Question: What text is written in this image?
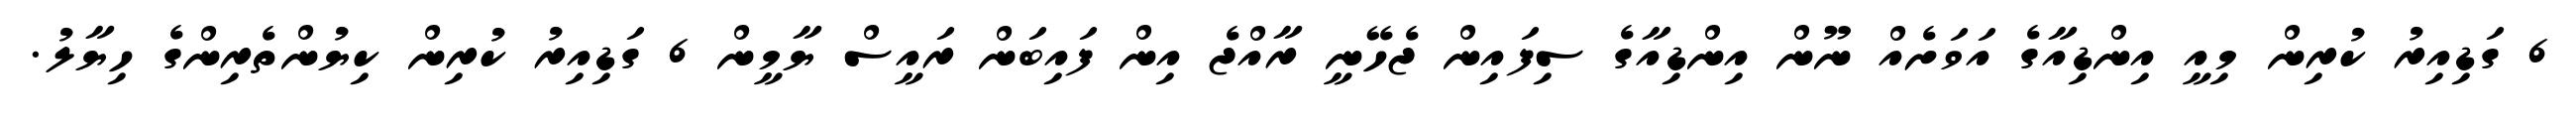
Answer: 6 ގަޑިއިރު ކުރިން މިއީ އިންޑިއާގެ އަވަށެއް ނޫން އިންޑިއާގެ ސިފައިން ޖެހޭނީ ރާއްޖެ އިން ފައިބަން ރައީސް ޔާމީން 6 ގަޑިއިރު ކުރިން ކިޔުންތެރިންގެ ހިޔާލު.